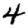
Digit: 4